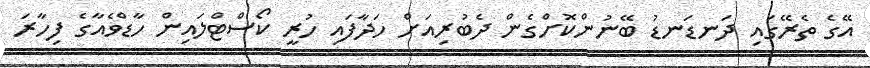
އޭގެ ތެރޭގައި ދަަނޑަނޑު ބޭނުންކޮށްގެން ދެބުރިއަށް ހަދާފައި ހުރީ ކޯސްޓްލައިން ހާޑްވެއާގެ ފިހާރަ